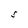
Character: S